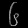
Digit: ၆